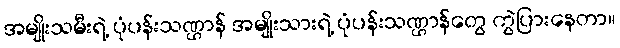
အမျိုးသမီးရဲ့ ပုံပန်းသဏ္ဌာန် အမျိုးသားရဲ့ ပုံပန်းသဏ္ဌာန်တွေ ကွဲပြားနေတာ။